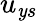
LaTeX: u_{\mathit{y}s}